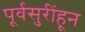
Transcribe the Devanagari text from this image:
पूर्वसुरींहून